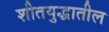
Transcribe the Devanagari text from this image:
शीतयुद्धातील